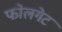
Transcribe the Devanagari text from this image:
फोलगेट